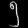
Digit: ၅